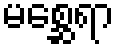
မစ္ဆေရာ